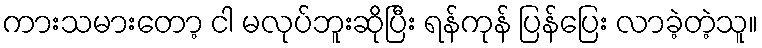
ကားသမားတော့ ငါ မလုပ်ဘူးဆိုပြီး ရန်ကုန် ပြန်ပြေး လာခဲ့တဲ့သူ။